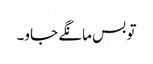
تو بس مانگے جاو۔